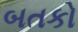
બતકો